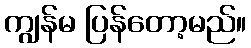
ကျွန်မ ပြန်တော့မည်။